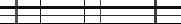
٢٣